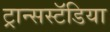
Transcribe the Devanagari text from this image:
ट्रान्सस्टॅडिया